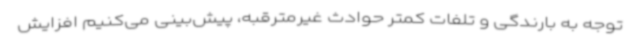
توجه به بارندگی و تلفات کمتر حوادث غیرمترقبه، پیش‌بینی می‌کنیم افزایش